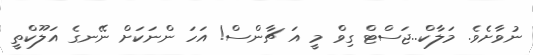
ނުވާށެވެ. މަލާކް..ޖަސްޓް ގިވް މީ އަ ޗާންސް! އަހަ ންނަކަށް ނޭނގެ އަލޫކްތީ